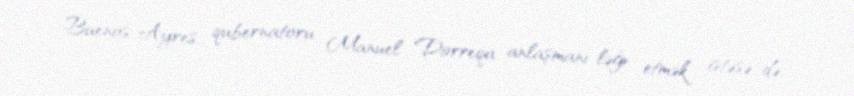
Buenos-Ayres qubernatoru Manuel Dorreqa anlaşmanı ləğv etmək istəsə də,